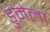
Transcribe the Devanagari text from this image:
डुमेला